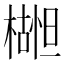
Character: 𬄮